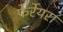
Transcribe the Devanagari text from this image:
फेर्रेयरा